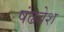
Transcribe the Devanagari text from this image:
षंढवेश